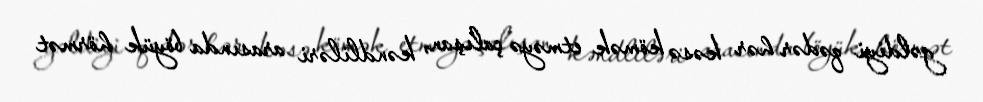
gəldiyi qədər hər kəsə kömək etməyə çalışan, kəndliləri arasında böyük hörmət